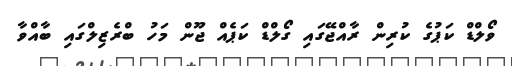
ވޯލްޑް ކަޕުގެ ކުރިން ރާއްޖޭގައި ގޯލްޑް ކަޕެއް ޖޫން މަހު ބްރެޒިލްގައި ބާއްވާ